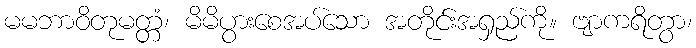
မမဘာဝိတုမတ္တံ၊ မိမိပွားစေအပ်သော အတိုင်းအရှည်ကို။ ဗျာကရိတွာ၊